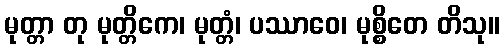
မုတ္တာ တု မုတ္တိကေ၊ မုတ္တံ၊ ပဿာဝေ၊ မုစ္စိတေ တိသု။